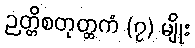
ဉတ္တိစတုတ္ထကံ (၇) မျိုး